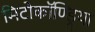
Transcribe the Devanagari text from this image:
मिटोकॉण्ड्रिया